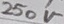
Text: 250V